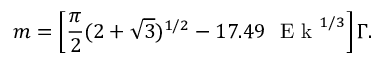
m = \left[ \frac { \pi } { 2 } ( 2 + \sqrt { 3 } ) ^ { 1 / 2 } - 1 7 . 4 9 \textrm { } \textrm { E k } ^ { 1 / 3 } \right] \Gamma .